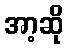
အာ့ဆို